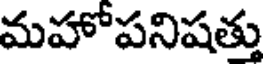
మహోపనిషత్తు